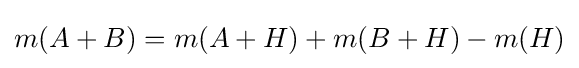
m(A+B)=m(A+H)+m(B+H)-m(H)